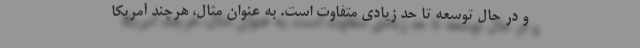
و در حال توسعه تا حد زیادی متفاوت است. به عنوان مثال، هرچند آمریکا